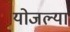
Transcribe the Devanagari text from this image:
योजल्या